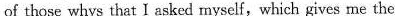
oí those whys thaτI asked mysell,which gives me the